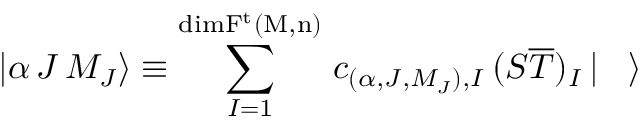
\left| \alpha \, J \, M _ { J } \right> \equiv \sum _ { I = 1 } ^ { \mathrm { { d i m } { \cal { F } } ^ { t } ( M , n ) } } \, c _ { ( \alpha , J , M _ { J } ) , I } \, ( { \cal { S } } { \overline { { \cal { T } } } } ) _ { I } \left| \rule { 0.3 cm } { 0 cm } \right>